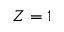
Z = 1